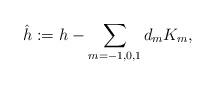
LaTeX: \begin{align*}\hat{h}:=h-\sum_{m=-1,0,1}d_m K_m,\end{align*}